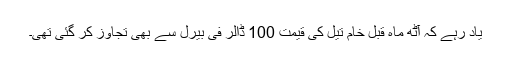
یاد رہے کہ آٹھ ماہ قبل خام تیل کی قیمت 100 ڈالر فی بیرل سے بھی تجاوز کر گئی تھی۔